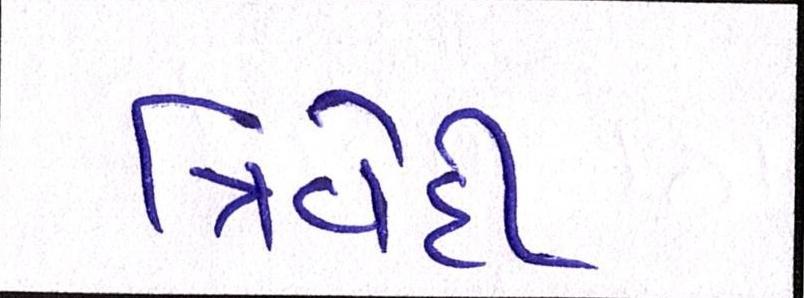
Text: ત્રિવેદી